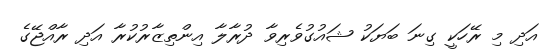
އަދި މި ރޭހަކީ ގިނަ ބަޔަކު ޝައުގުވެރިވާ ދުރާލާ އިންތިޒާރުކުރާ އަދި ރާއްޖޭގެ